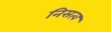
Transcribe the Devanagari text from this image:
निसत्व